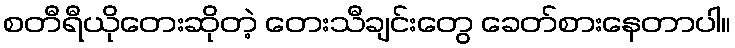
စတီရီယိုတေးဆိုတဲ့ တေးသီချင်းတွေ ခေတ်စားနေတာပါ။